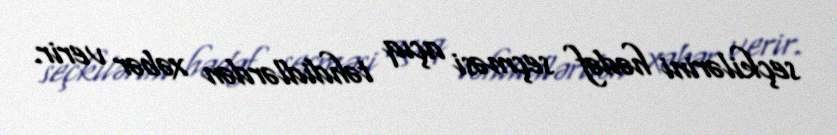
seçkilərini hədəf seçməsi açıq təhdidlərdən xəbər verir.